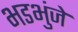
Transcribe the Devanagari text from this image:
भडभुंजे